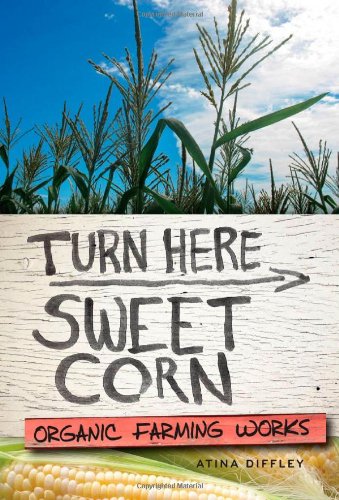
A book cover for Turn Here Sweet Corn: Organic Farming Works; Atina Diffley; Humor & Entertainment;